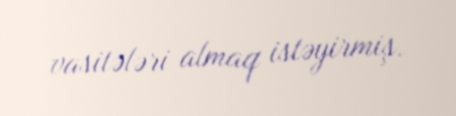
vasitələri almaq istəyirmiş.